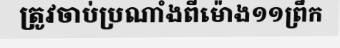
ត្រូវចាប់ប្រណាំងពីម៉ោង១១ព្រឹក